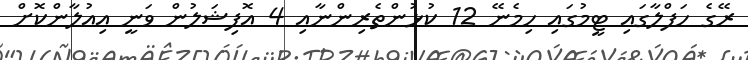
ރޭގެ ހަފްލާގައި ޓީމުގައި ހިމެނޭ 12 ކުޅުންތެރިންނާއި 4 އޮފިޝަލުން ވަނީ އިއުލާންކޮށް